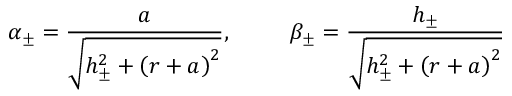
\alpha _ { \pm } = \frac { a } { \sqrt { h _ { \pm } ^ { 2 } + \left( r + a \right) ^ { 2 } } } , \ \ \ \, \ \ \ \ \beta _ { \pm } = \frac { h _ { \pm } } { \sqrt { h _ { \pm } ^ { 2 } + \left( r + a \right) ^ { 2 } } } \ \ \ \ \